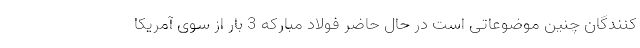
کنندگان چنین موضوعاتی است در حال حاضر فولاد مبارکه 3 بار از سوی آمریکا